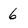
Character: 6